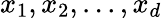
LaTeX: x_{1},x_{2},...,x_{d}